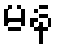
မန